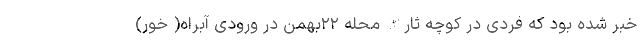
خبر شده بود که فردی در کوچه ثارالله محله ۲۲بهمن در ورودی آبراه( خور)